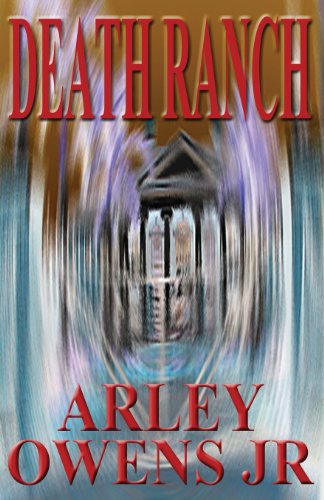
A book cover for Death Ranch; Arley Owens Jr; Romance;